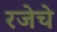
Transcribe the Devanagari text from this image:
रजेचे